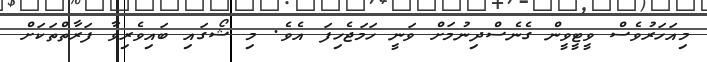
މިއަހަރުވެސް ވީޓީވީން ގެނެސްދިނުމަށް ވަނީ ހަމަޖެހިފަ އެވެ. މި ޝޯގައި ބައިވެރިވާ ފަރާތްތަކަށް